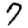
Digit: 7